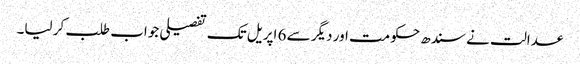
عدالت نے سندھ حکومت اور دیگر سے 6 اپریل تک تفصیلی جواب طلب کر لیا۔